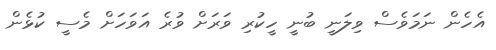
އެހެން ނަމަވެސް ވިލަނީ ބުނީ ހީކުރި ވަރަށް ވުރެ އަވަހަށް މެސީ ކުޅެން